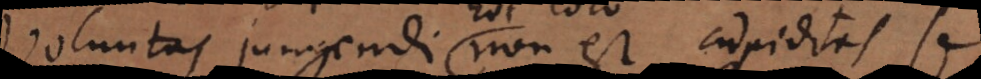
Voluntas jungendi non est cupiditas se